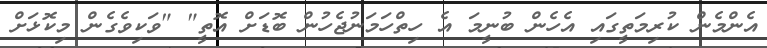
އެންމެން ކުރިމަތީގައި އެހެން ބުނީމަ އެ ހިތްހަމަނުޖެހުން ބޮޑަށް އޮތީ" "ވަކިވެގެން މިކޮޅަށް